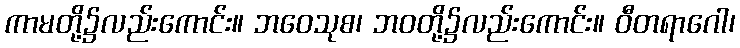
ကာမတို့၌လည်းကောင်း။ ဘဝေသုစ၊ ဘဝတို့၌လည်းကောင်း။ ဝီတရာဂေါ၊